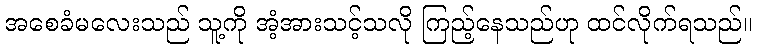
အစေခံမလေးသည် သူ့ကို အံ့အားသင့်သလို ကြည့်နေသည်ဟု ထင်လိုက်ရသည်။